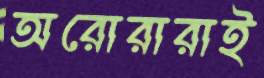
অরোরারাই